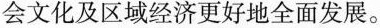
会文化及区域经济更好地全面发展。